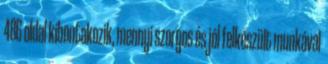
486 oldal kibontakozik, mennyi szorgos és jól felkészült munkával